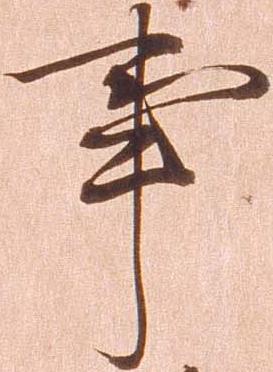
事